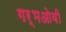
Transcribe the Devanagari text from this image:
गर्भओवी